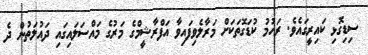
ސިޑިގޮޅި ކައިރީގައެވެ. ރަހުމު ކުޑަގޮތަކަށް މަރާލެވިފައިވާ އަފްރާޝީމްގެ މަރުގެ މައްސަލައިގައި ދައުލަތުން ދެ